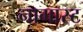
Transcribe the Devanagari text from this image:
नागास्ट